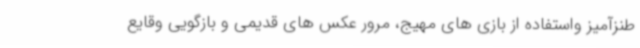
طنزآمیز واستفاده از بازی های مهیج، مرور عکس های قدیمی و بازگویی وقایع